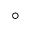
^ \circ